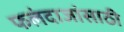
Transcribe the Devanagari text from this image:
फलंदाजांसाठी